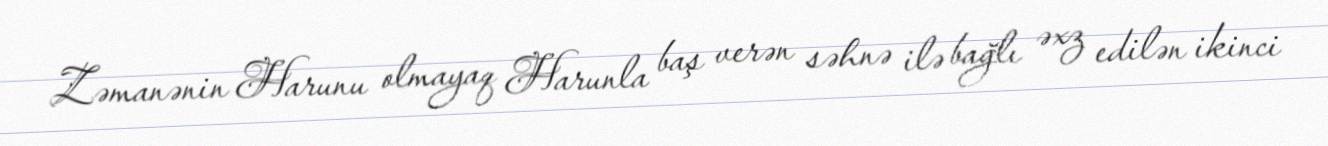
Zəmanənin Harunu olmayaq Harunla baş verən səhnə ilə bağlı əxz edilən ikinci